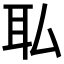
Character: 𫟉